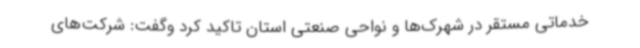
خدماتی مستقر در شهرک‌ها و نواحی صنعتی استان تاکید کرد وگفت: شرکت‌های